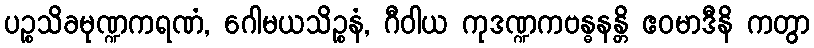
ပဉ္စသိခမုဏ္ဍကရဏံ, ဂေါမယသိဉ္စနံ, ဂီဝါယ ကုဒဏ္ဍကဗန္ဓနန္တိ ဧဝမာဒီနိ ကတွာ